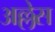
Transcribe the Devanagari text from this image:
अल्लेस